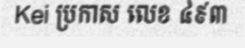
Kei ប្រកាស លេខ ៤៩៣